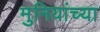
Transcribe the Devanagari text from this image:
मुनियांच्या